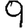
Digit: 9